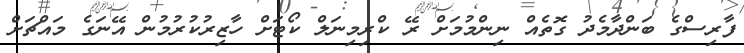
ފާރިސްގެ ބަންދާމެދު ގޮތެއް ނިންމުމަށް ރޭ ކްރިމިނަލް ކޯޓަށް ހާޒިރުކުރުމުން އޭނަގެ މައްޗަށް